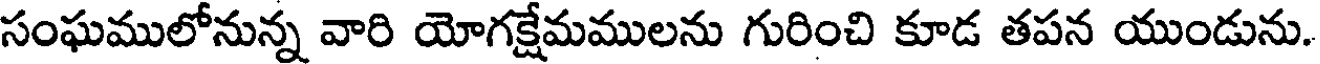
సంఘములోనున్న వారి యోగక్షేమములను గురించి కూడ తపన యుండును.